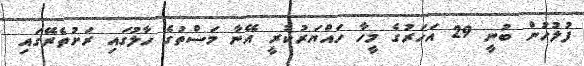
ފުލުހުން ބުނީ 29 އަހަރުގެ މީހާ ހައްޔަރުކުރީ އޭނާ މަސްތުގެ ހާލުގައި ރަށުތެރޭގައި